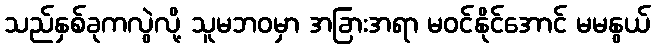
သည်နှစ်ခုကလွဲလို့ သူမဘဝမှာ အခြားအရာ မဝင်နိုင်အောင် မမနွယ်